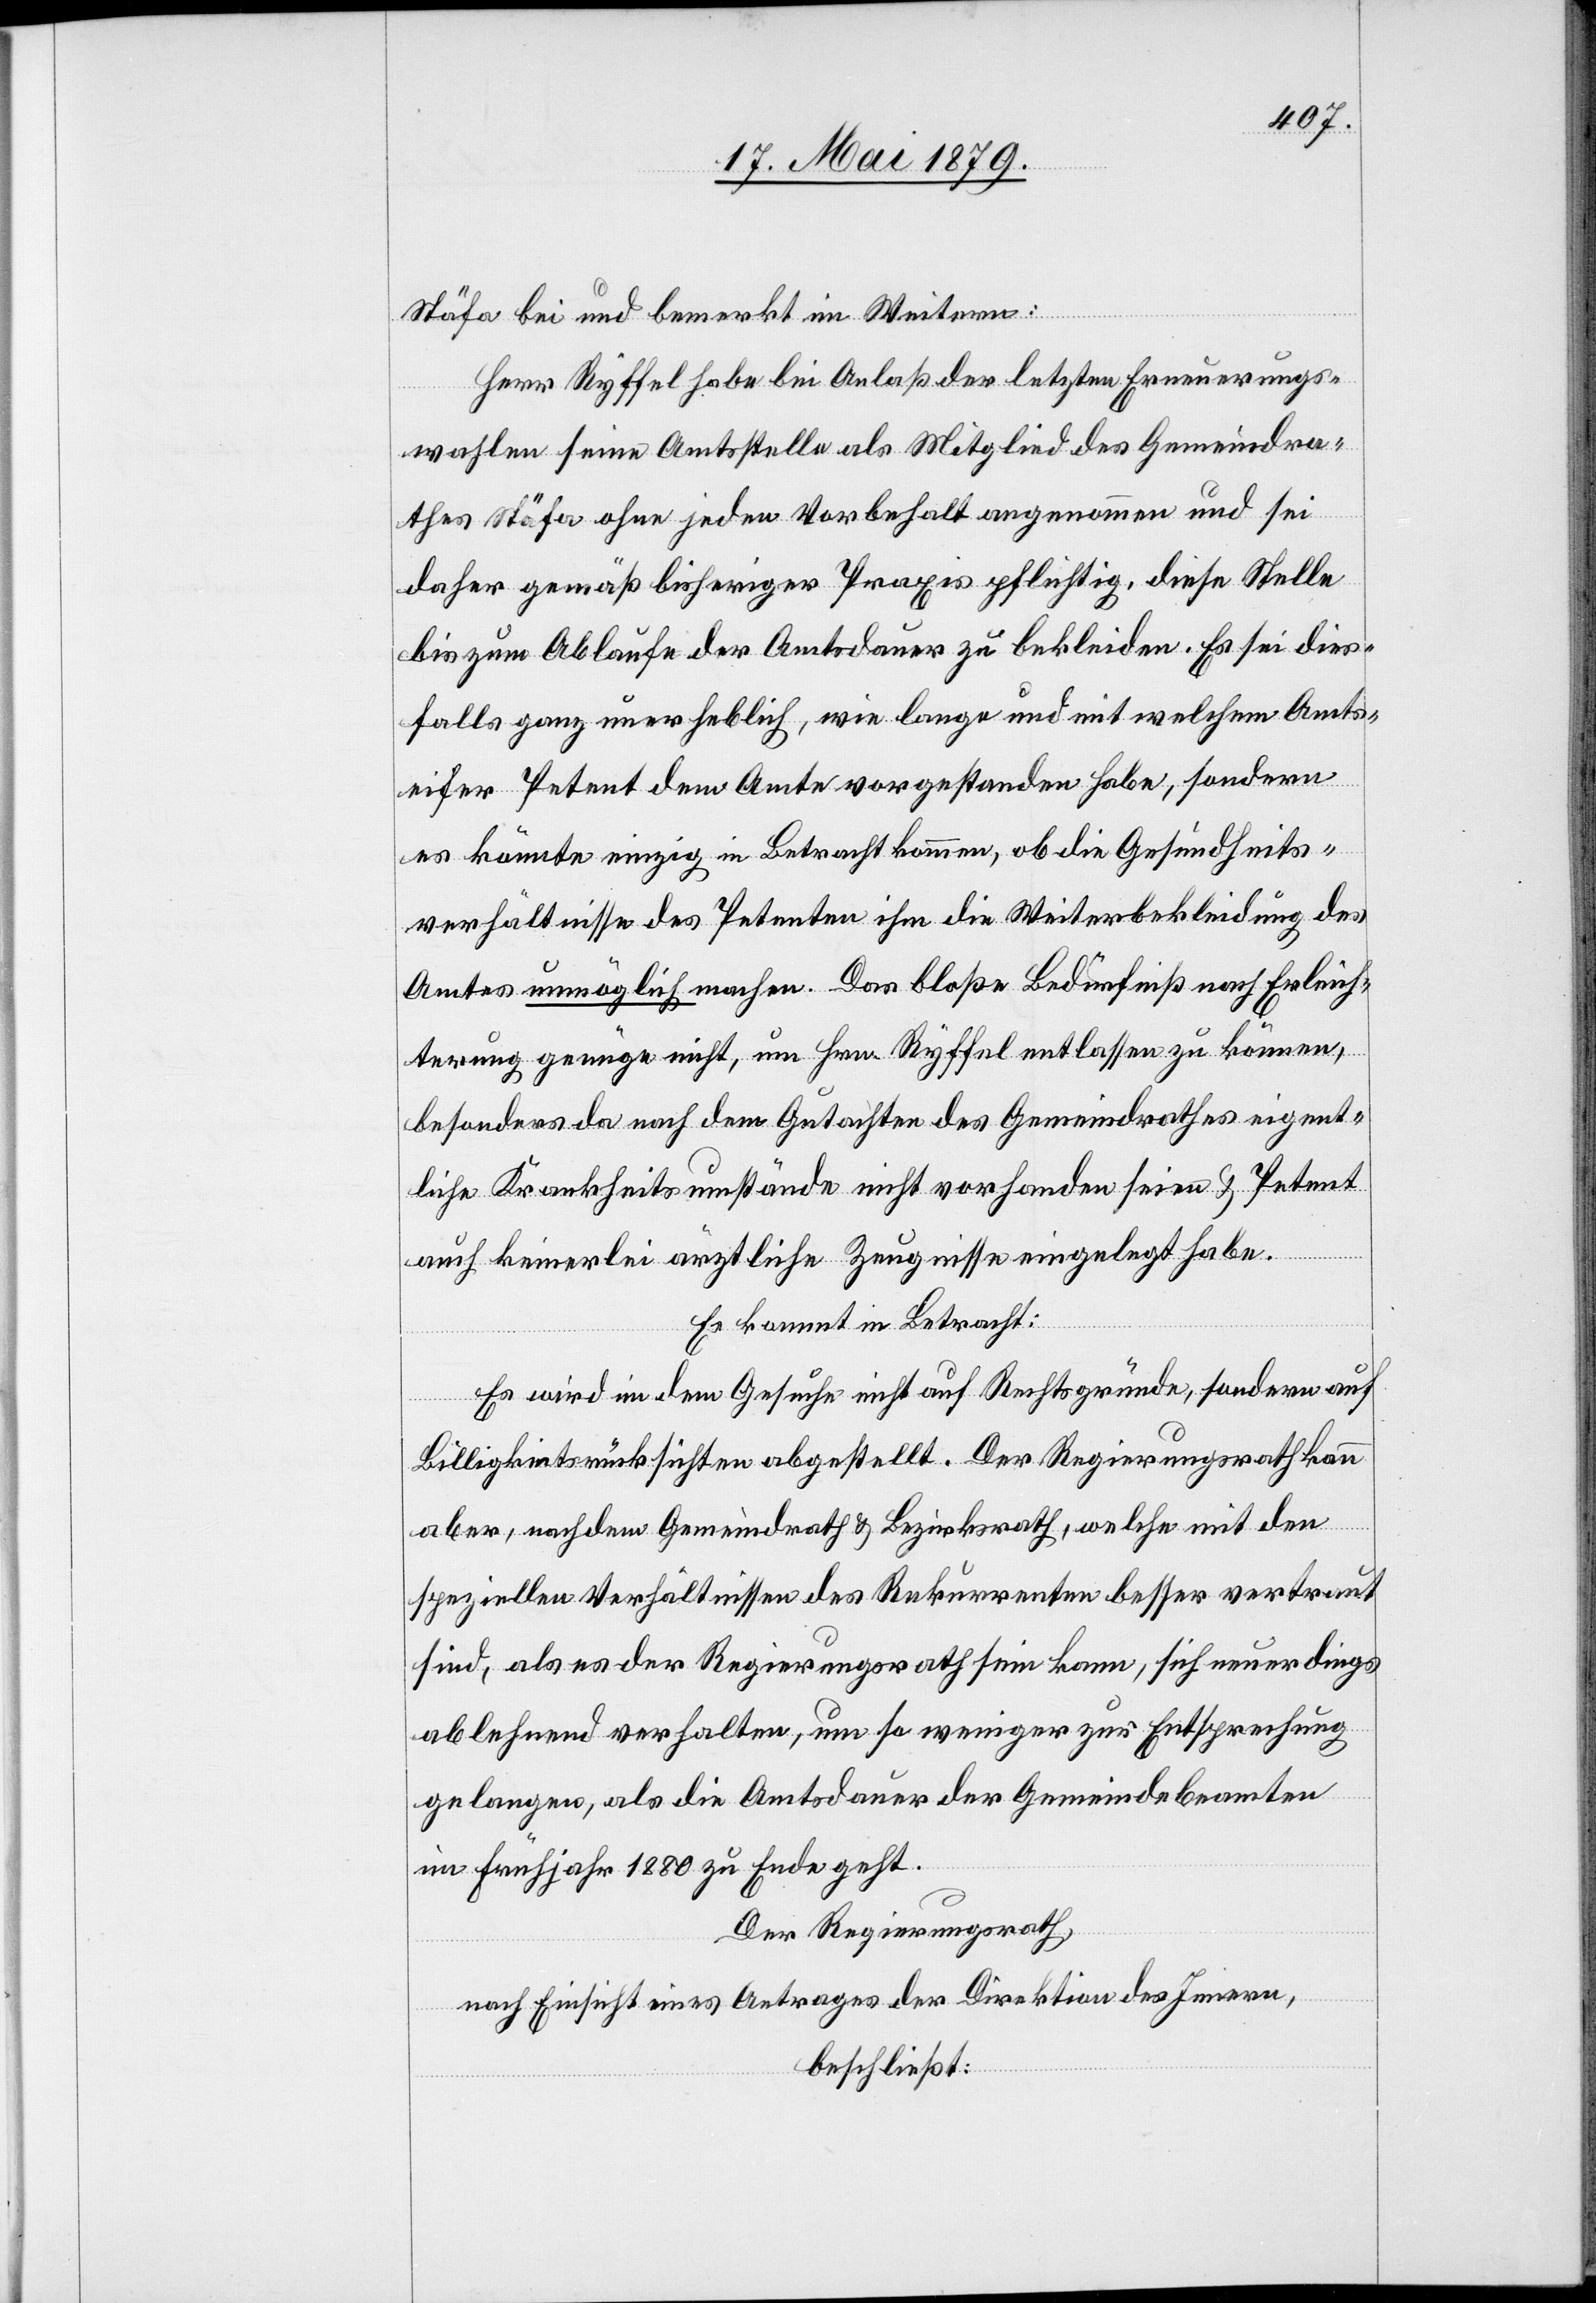
Stäfa bei und bemerkt im Weitern:
Herr Ryffel habe bei Anlaß der letzten Erneuerungs¬
wahlen seine Amtsstelle als Mitglied des Gemeindra¬
thes Stäfa ohne jeden Vorbehalt angenommen und sei
daher gemäß bisheriger Praxis pflichtig, diese Stelle
bis zum Ablaufe der Amtsdauer zu bekleiden. Es sei dies¬
falls ganz unerheblich, wie lange und mit welchem Amts¬
eifer Petent dem Amte vorgestanden habe, sondern
es könnte einzig in Betracht kommen, ob die Gesundheits¬
verhältnisse des Petenten ihm die Weiterbekleidung des
Amtes unmöglich machen. Das bloße Bedürfniß nach Erleich¬
terung genüge nicht, um Hrn. Ryffel entlassen zu können,
besonders da nach dem Gutachten des Gemeindrathes eigent¬
liche Krankheitsumstände nicht vorhanden seien & Petent
auch keinerlei ärztliche Zeugnisse eingelegt habe.
Es kommt in Betracht:
Es wird im [sic!] dem Gesuche nicht auf Rechtsgründe, sondern auf
Billigkeitsrücksichten abgestellt. Der Regierungsrath kann
aber, nachdem Gemeindrath & Bezirksrath, welche mit den
speziellen Verhältnissen des Rekurrenten besser vertraut
sind, als es der Regierungsrath sein kann, sich neuerdings
ablehnend verhalten, um so weniger zur Entsprechung
gelangen, als die Amtsdauer der Gemeindebeamten
im Frühjahr 1880 zu Ende geht.
Der Regierungsrath,
nach Einsicht eines Antrages der Direktion des Innern,
beschließt: